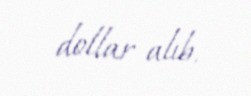
dollar alıb.